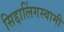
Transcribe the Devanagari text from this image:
सिद्दालिंगस्वामी